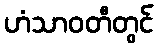
ဟံသာဝတီတွင်